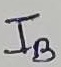
Text: IB